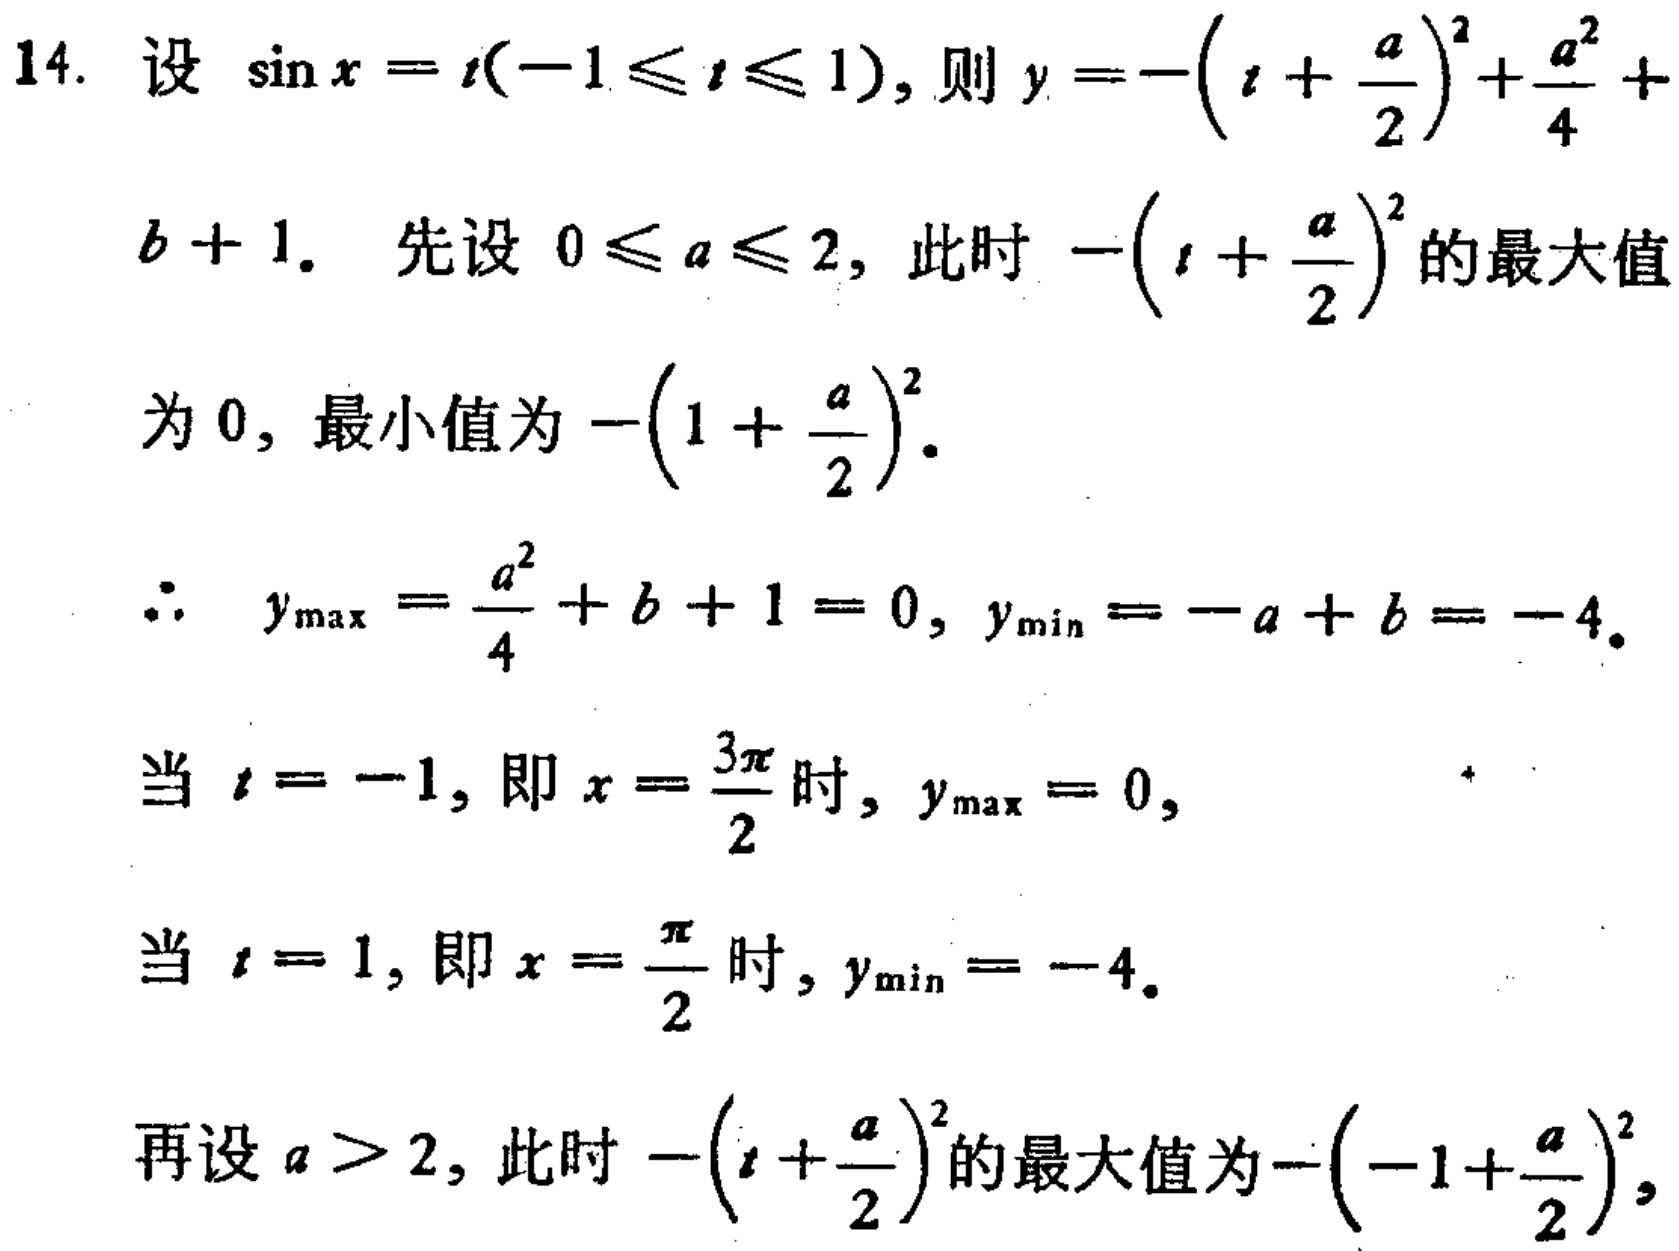
14. 设 $\sin x = t(-1\leqslant t\leqslant 1)$，则 $y =-\left(t + \dfrac{a}{2}\right)^2+\dfrac{a^2}{4}+b + 1$。 先设 $0\leqslant a\leqslant 2$，此时 $-\left(t + \dfrac{a}{2}\right)^2$ 的最大值

为 $0$，最小值为 $-\left(1 + \dfrac{a}{2}\right)^2$。

$\therefore\ y_{\max}=\dfrac{a^2}{4}+b + 1 = 0$，$y_{\min}=-a + b = - 4$。

当 $t = -1$，即 $x = \dfrac{3\pi}{2}$ 时，$y_{\max}=0$，

当 $t = 1$，即 $x = \dfrac{\pi}{2}$ 时，$y_{\min}=-4$。

再设 $a > 2$，此时 $-\left(t + \dfrac{a}{2}\right)^2$ 的最大值为$-\left(-1+\dfrac{a}{2}\right)^2$，